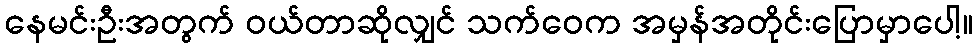
နေမင်းဦးအတွက် ဝယ်တာဆိုလျှင် သက်ဝေက အမှန်အတိုင်းပြောမှာပေါ့။